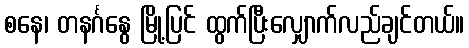
စနေ၊ တနင်္ဂနွေ မြို့ပြင် ထွက်ပြီးလျှောက်လည်ချင်တယ်။